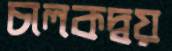
চালকদ্বয়